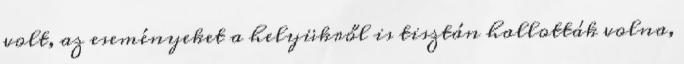
volt, az eseményeket a helyükről is tisztán hallották volna,